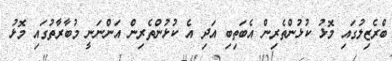
ބްރެޒިލުގައި މޮޅު ކުޅުންތެރިން އެބަތިބި އަދި އެ ކުޅުންތެރިން އަންނަނީ މުބާރާތުގައި މޮޅު